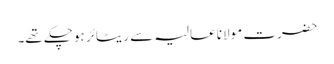
حضرت مولانا عالیہ سے ریٹائر ہوچکے تھے۔